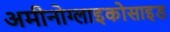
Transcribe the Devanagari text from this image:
अमीनोग्लाइकोसाइड